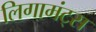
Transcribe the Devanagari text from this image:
लिगामंट्स